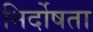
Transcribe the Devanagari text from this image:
निर्दोषता